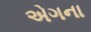
એગના